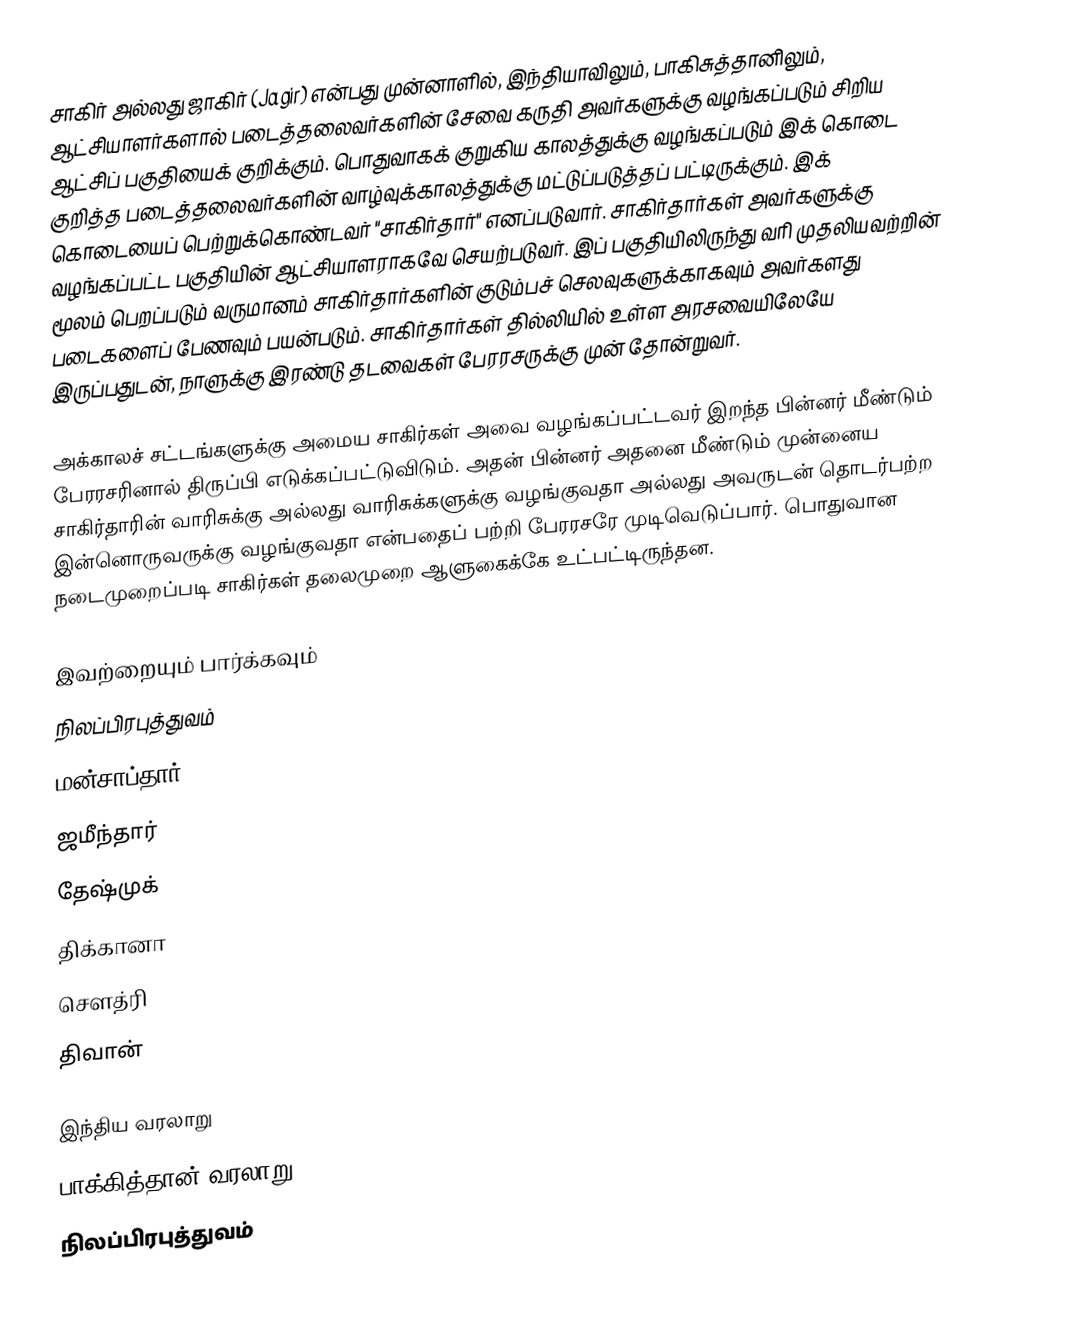
சாகிர் அல்லது ஜாகிர் (Jagir) என்பது முன்னாளில், இந்தியாவிலும், பாகிசுத்தானிலும், ஆட்சியாளர்களால் படைத்தலைவர்களின் சேவை கருதி அவர்களுக்கு வழங்கப்படும் சிறிய ஆட்சிப் பகுதியைக் குறிக்கும். பொதுவாகக் குறுகிய காலத்துக்கு வழங்கப்படும் இக் கொடை குறித்த படைத்தலைவர்களின் வாழ்வுக்காலத்துக்கு மட்டுப்படுத்தப் பட்டிருக்கும். இக் கொடையைப் பெற்றுக்கொண்டவர் "சாகிர்தார்" எனப்படுவார். சாகிர்தார்கள் அவர்களுக்கு வழங்கப்பட்ட பகுதியின் ஆட்சியாளராகவே செயற்படுவர். இப் பகுதியிலிருந்து வரி முதலியவற்றின் மூலம் பெறப்படும் வருமானம் சாகிர்தார்களின் குடும்பச் செலவுகளுக்காகவும் அவர்களது படைகளைப் பேணவும் பயன்படும். சாகிர்தார்கள் தில்லியில் உள்ள அரசவையிலேயே இருப்பதுடன், நாளுக்கு இரண்டு தடவைகள் பேரரசருக்கு முன் தோன்றுவர்.

அக்காலச் சட்டங்களுக்கு அமைய சாகிர்கள் அவை வழங்கப்பட்டவர் இறந்த பின்னர் மீண்டும் பேரரசரினால் திருப்பி எடுக்கப்பட்டுவிடும். அதன் பின்னர் அதனை மீண்டும் முன்னைய சாகிர்தாரின் வாரிசுக்கு அல்லது வாரிசுக்களுக்கு வழங்குவதா அல்லது அவருடன் தொடர்பற்ற இன்னொருவருக்கு வழங்குவதா என்பதைப் பற்றி பேரரசரே முடிவெடுப்பார். பொதுவான நடைமுறைப்படி சாகிர்கள் தலைமுறை ஆளுகைக்கே உட்பட்டிருந்தன.

இவற்றையும் பார்க்கவும்
 நிலப்பிரபுத்துவம்
 மன்சாப்தார்
 ஜமீந்தார்
 தேஷ்முக்
 திக்கானா
 சௌத்ரி
 திவான்

இந்திய வரலாறு
பாக்கித்தான் வரலாறு
நிலப்பிரபுத்துவம்